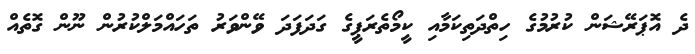
ދެ އޮޕަރޭޝަން ކުރުމުގެ ހިތްދަތިކަމާއި ކީމޯތެރަޕީގެ ގަދަފަދަ ވޭންވަރު ތަހައްމަލްކުރުން ނޫން ގޮތެއް